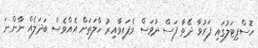
ހޮސްޕިޓަލުގައި ފަރުވާ ދޭތާ ފަސް ދުވަސް ވެފައިވާއިރު ހާލަތަށް އެއްވެސް ބަދަލެއް ނާންނަ